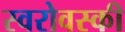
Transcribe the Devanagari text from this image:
स्वरोवस्की